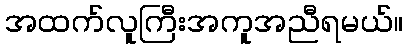
အထက်လူကြီးအကူအညီရမယ်။